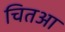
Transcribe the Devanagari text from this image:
चितआ